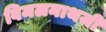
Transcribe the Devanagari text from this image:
विमलनाथजी